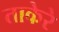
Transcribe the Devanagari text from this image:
ताकेरे